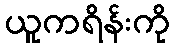
ယူကရိန်းကို